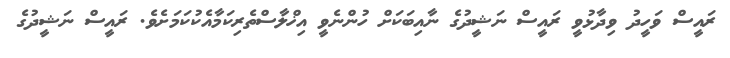
ރައީސް ވަހީދު ވިދާޅުވީ ރައީސް ނަޝީދުގެ ނާއިބަކަށް ހުންނެވީ އިޚްލާސްތެެރިކަމާއެކުކަމަށެވެ. ރައީސް ނަޝީދުގެ